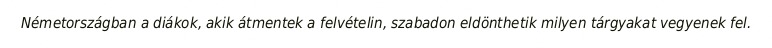
Németországban a diákok, akik átmentek a felvételin, szabadon eldönthetik milyen tárgyakat vegyenek fel.